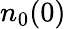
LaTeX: n_{0}(0)